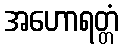
အဟောရတ္တံ